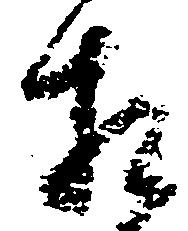
相